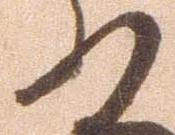
の